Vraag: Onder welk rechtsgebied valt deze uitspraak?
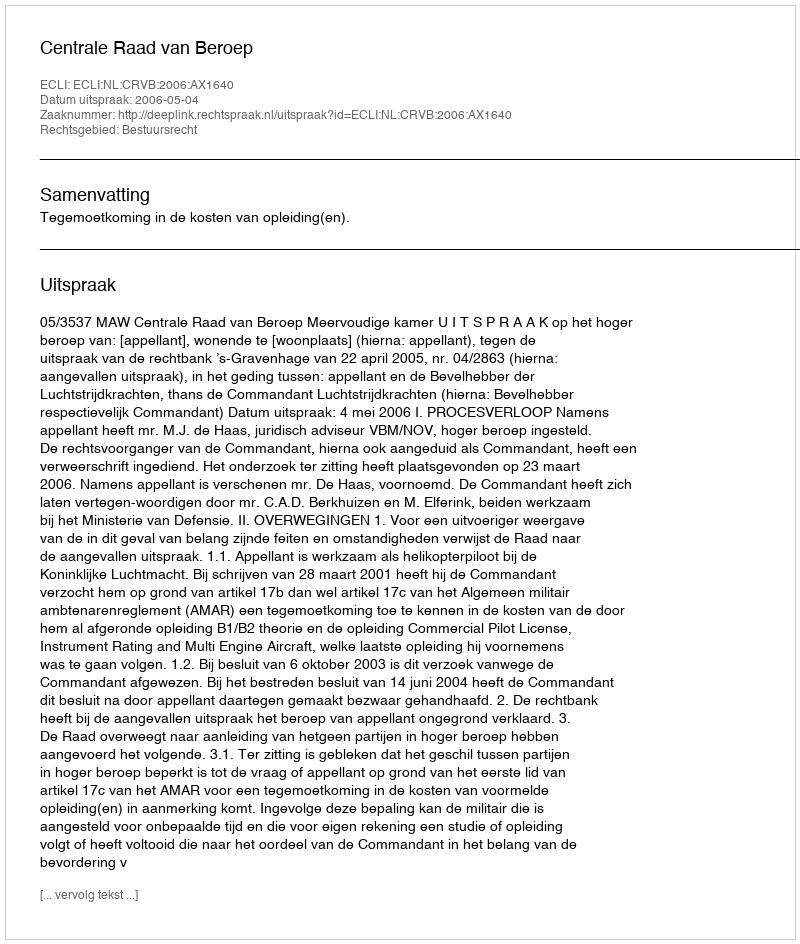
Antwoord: Bestuursrecht